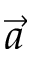
\vec { a }